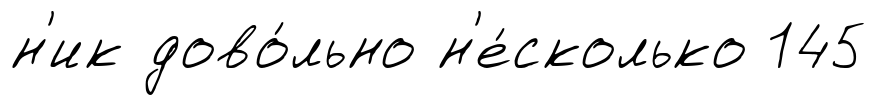
н'ик дово́льно н'е́сколько 145